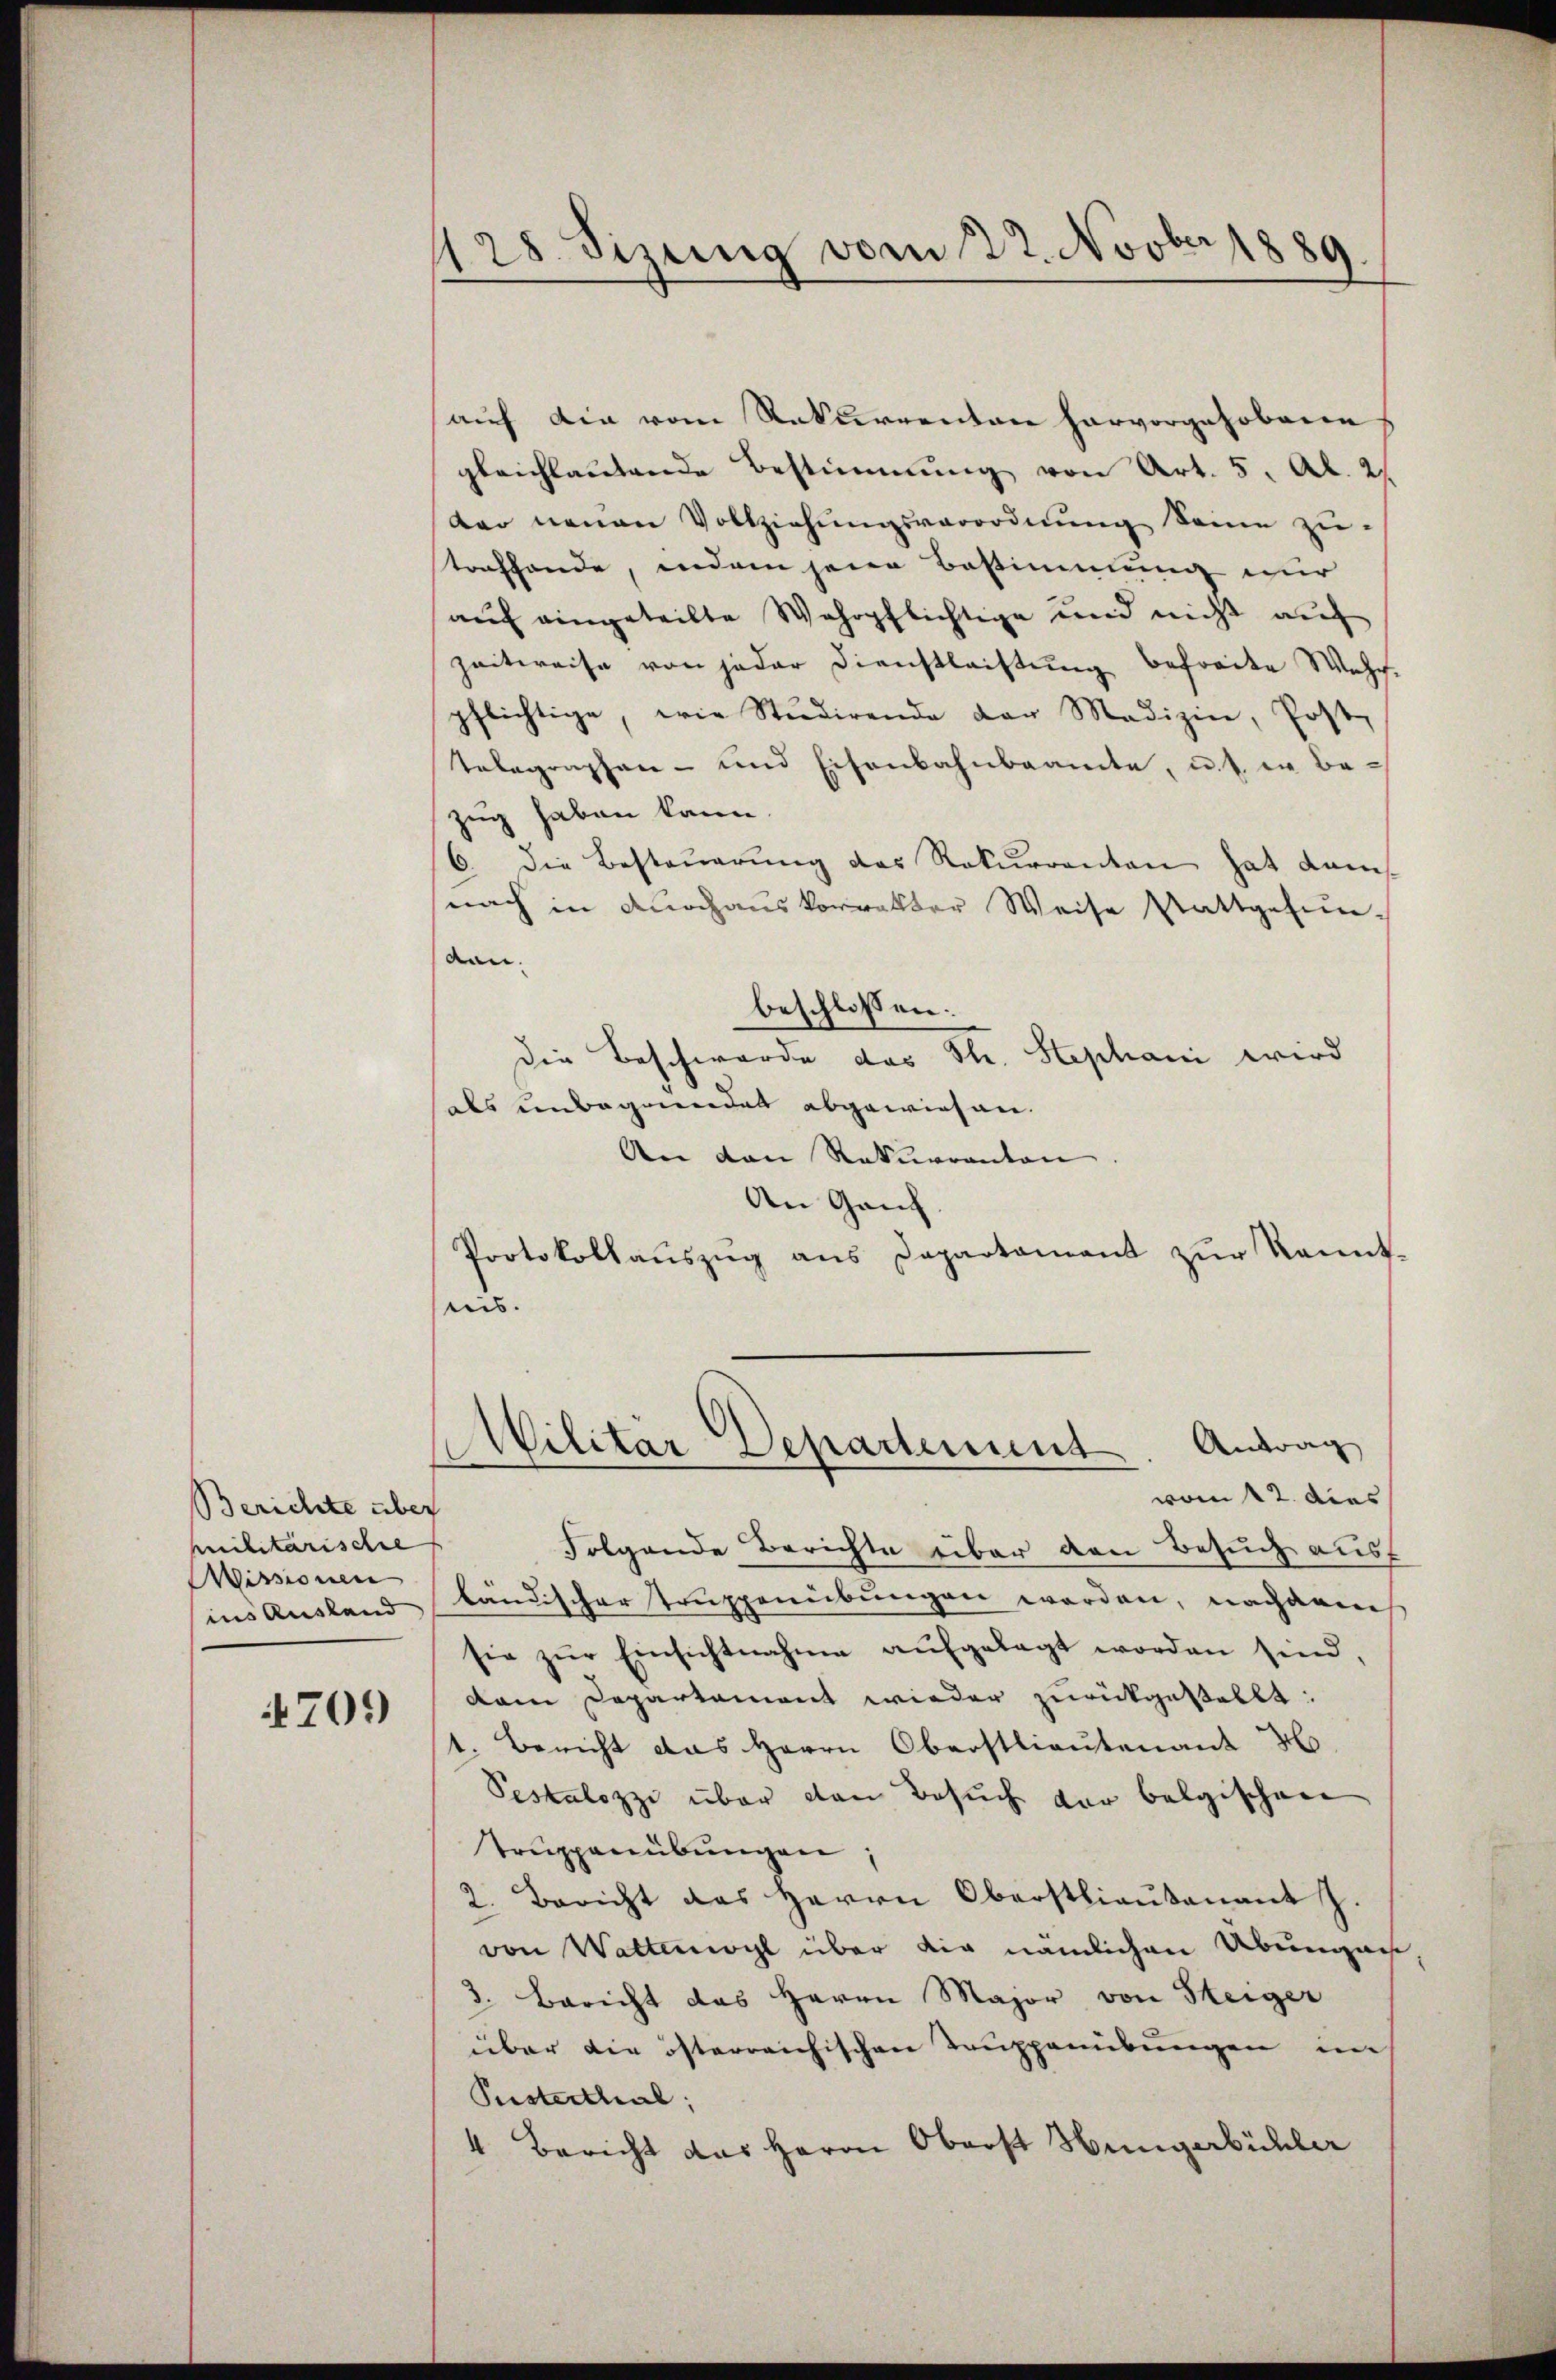
Berichte über
Militarischer
Wissionen
ins Ausland

709)

28 Sizung vom 22. Novber 1889

auf die vom Rekurrenten hervorgehobene
gleichlautende Bestimmung von Art. 5, Al. 2
dar neuen Vollziehungsverordnung seine zu-
troffende, indem jene Bestimmung nur
auf eingeteilte Wehrpflichtige und nicht auf
zeitweise von jeder Dienstleistung befreite Wehrpflichtige, wie Studirende der Medizin, Post
Telegraphen- und Eisenbahnbeamte, u. s. in Be-
zug haben kann.
6. die Besteŭerŭng des Rekurrenten hat dam
nach in durchauskorrekter Weise stattgefun-
aan.
beschlossen:
Die Beschwerde das Th. Stephani wird
als unbegründet abgewiesen.
An den Rekurrenten
An Ganz
Protokollaŭszŭg ans Departament zŭr Kennt-
ris.
Militär Departement. Antrag
vom 12. dies
Folgende Berichte über den Besuch ausf
bändischer Truppenübungen worden, nachdem
sie zŭr Einsichtnahme aŭfgelegt worden sind,
dem Departement wieder zurückgestellt:
1. Bericht das Herrn Oberstlieutenant H
Pestalozzi über den Besuch vor belgischen
Truppenübungen:
2. Bericht des Herrn Oberstlieutenant J.
von Waltenwyl über die nämlichen Übungen
3. Bericht das Herrn Major von Steiger
über die österreichischen Truppenübungen im
Pusterthal;
4 Bericht das Herrn Oberst Hungerbüchler